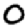
Digit: 0